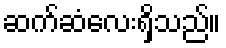
ဆက်ဆံလေးရှိသည်။